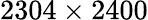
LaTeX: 2304\times 2400